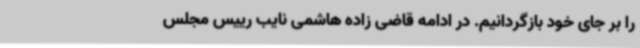
را بر جای خود بازگردانیم. در ادامه قاضی زاده هاشمی نایب رییس مجلس